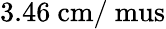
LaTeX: \mathrm{3.46~cm/\ mus}